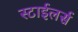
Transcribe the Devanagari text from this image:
स्टाईलर्स